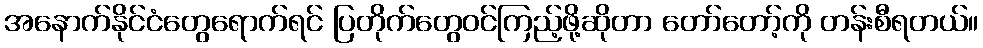
အနောက်နိုင်ငံတွေရောက်ရင် ပြတိုက်တွေဝင်ကြည့်ဖို့ဆိုတာ တော်တော့်ကို တန်းစီရတယ်။